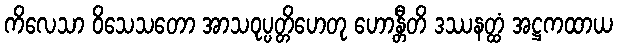
ကိလေသာ ဝိသေသတော အာသဝုပ္ပတ္တိဟေတု ဟောန္တီတိ ဒဿနတ္ထံ အဋ္ဌကထာယ